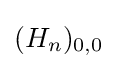
{\textstyle (H_{n})_{0,0}}